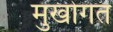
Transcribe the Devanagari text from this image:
मुखोगत